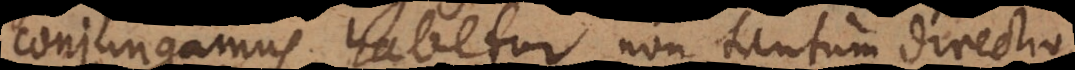
conjungamus, habetur non tantum directio,